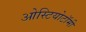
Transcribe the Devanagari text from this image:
ओस्टियोटॉमी